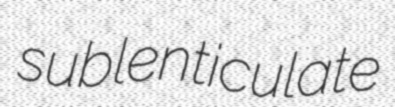
sublenticulate